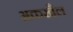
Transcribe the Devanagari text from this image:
अकखैल